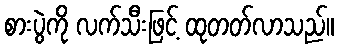
စားပွဲကို လက်သီးဖြင့် ထုတတ်လာသည်။